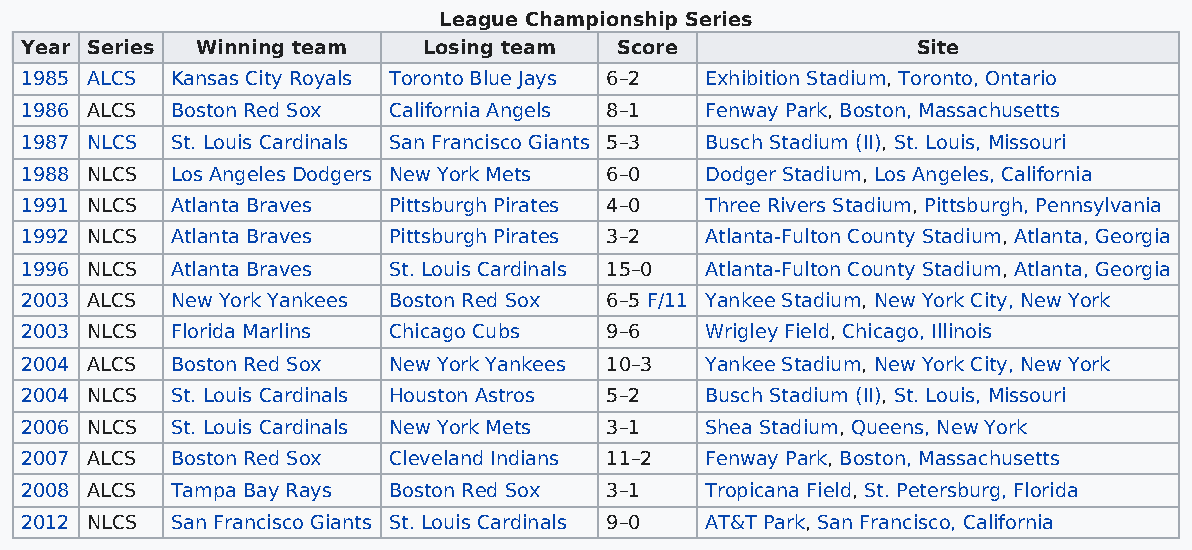
League Championship Series
 Year Series Winning team   Losing team  Score               Site
 1985 ALCS Kansas City Royals Toronto Blue Jays 6–2 Exhibition Stadium, Toronto, Ontario
 1986 ALCS Boston Red Sox California Angels 8–1 Fenway Park, Boston, Massachusetts
 1987 NLCS St. Louis Cardinals San Francisco Giants 5–3 Busch Stadium (II), St. Louis, Missouri
 1988 NLCS Los Angeles Dodgers New York Mets 6–0 Dodger Stadium, Los Angeles, California
 1991 NLCS Atlanta Braves Pittsburgh Pirates 4–0 Three Rivers Stadium, Pittsburgh, Pennsylvania
 1992 NLCS Atlanta Braves Pittsburgh Pirates 3–2 Atlanta-Fulton County Stadium, Atlanta, Georgia
 1996 NLCS Atlanta Braves St. Louis Cardinals 15–0 Atlanta-Fulton County Stadium, Atlanta, Georgia
 2003 ALCS New York Yankees Boston Red Sox 6–5 F/11 Yankee Stadium, New York City, New York
 2003 NLCS Florida Marlins Chicago Cubs 9–6    Wrigley Field, Chicago, Illinois
 2004 ALCS Boston Red Sox New York Yankees 10–3 Yankee Stadium, New York City, New York
 2004 NLCS St. Louis Cardinals Houston Astros 5–2 Busch Stadium (II), St. Louis, Missouri
 2006 NLCS St. Louis Cardinals New York Mets 3–1 Shea Stadium, Queens, New York
 2007 ALCS Boston Red Sox Cleveland Indians 11–2 Fenway Park, Boston, Massachusetts
 2008 ALCS Tampa Bay Rays Boston Red Sox 3–1   Tropicana Field, St. Petersburg, Florida
 2012 NLCS San Francisco Giants St. Louis Cardinals 9–0 AT&T Park, San Francisco, California